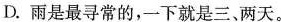
D.雨是最寻常的，一下就是三、两天。